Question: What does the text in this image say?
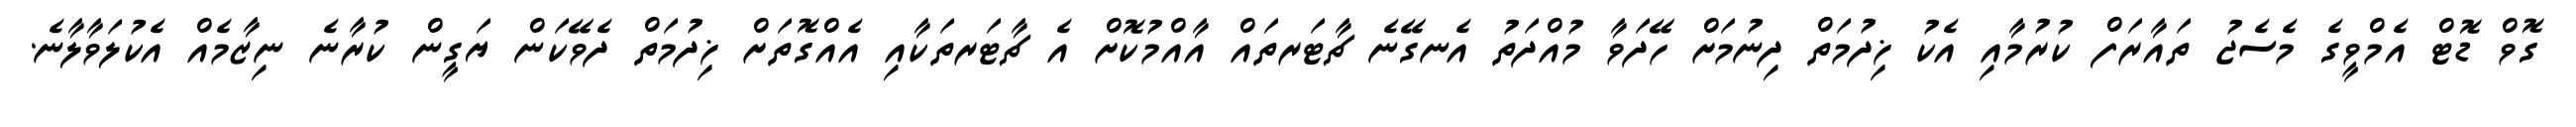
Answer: ގޮވް ޑޮޓް އެމްވީގެ މެސެޖު ތައާރަފް ކުރުމާއި އެކު ޚިދުމަތް ދިނުމަށް ހޭދަވާ މުއްދަތު އެނގޭނެ ޗާޓަރތައް އާއްމުކޮށް އެ ޗާޓަރތަކާއި އެއްގޮތަށް ޚިދުމަތް ދެވޭކަން ޔަގީން ކުރާނެ ނިޒާމެއް އެކުލަވާލާނެ.